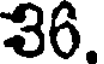
36.